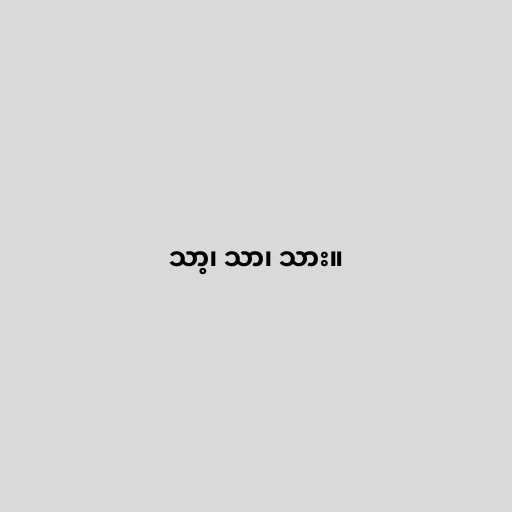
သာ့၊ သာ၊ သား။